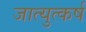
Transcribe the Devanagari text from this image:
जात्युत्कर्ष